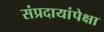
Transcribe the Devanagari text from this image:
संप्रदायांपेक्षा